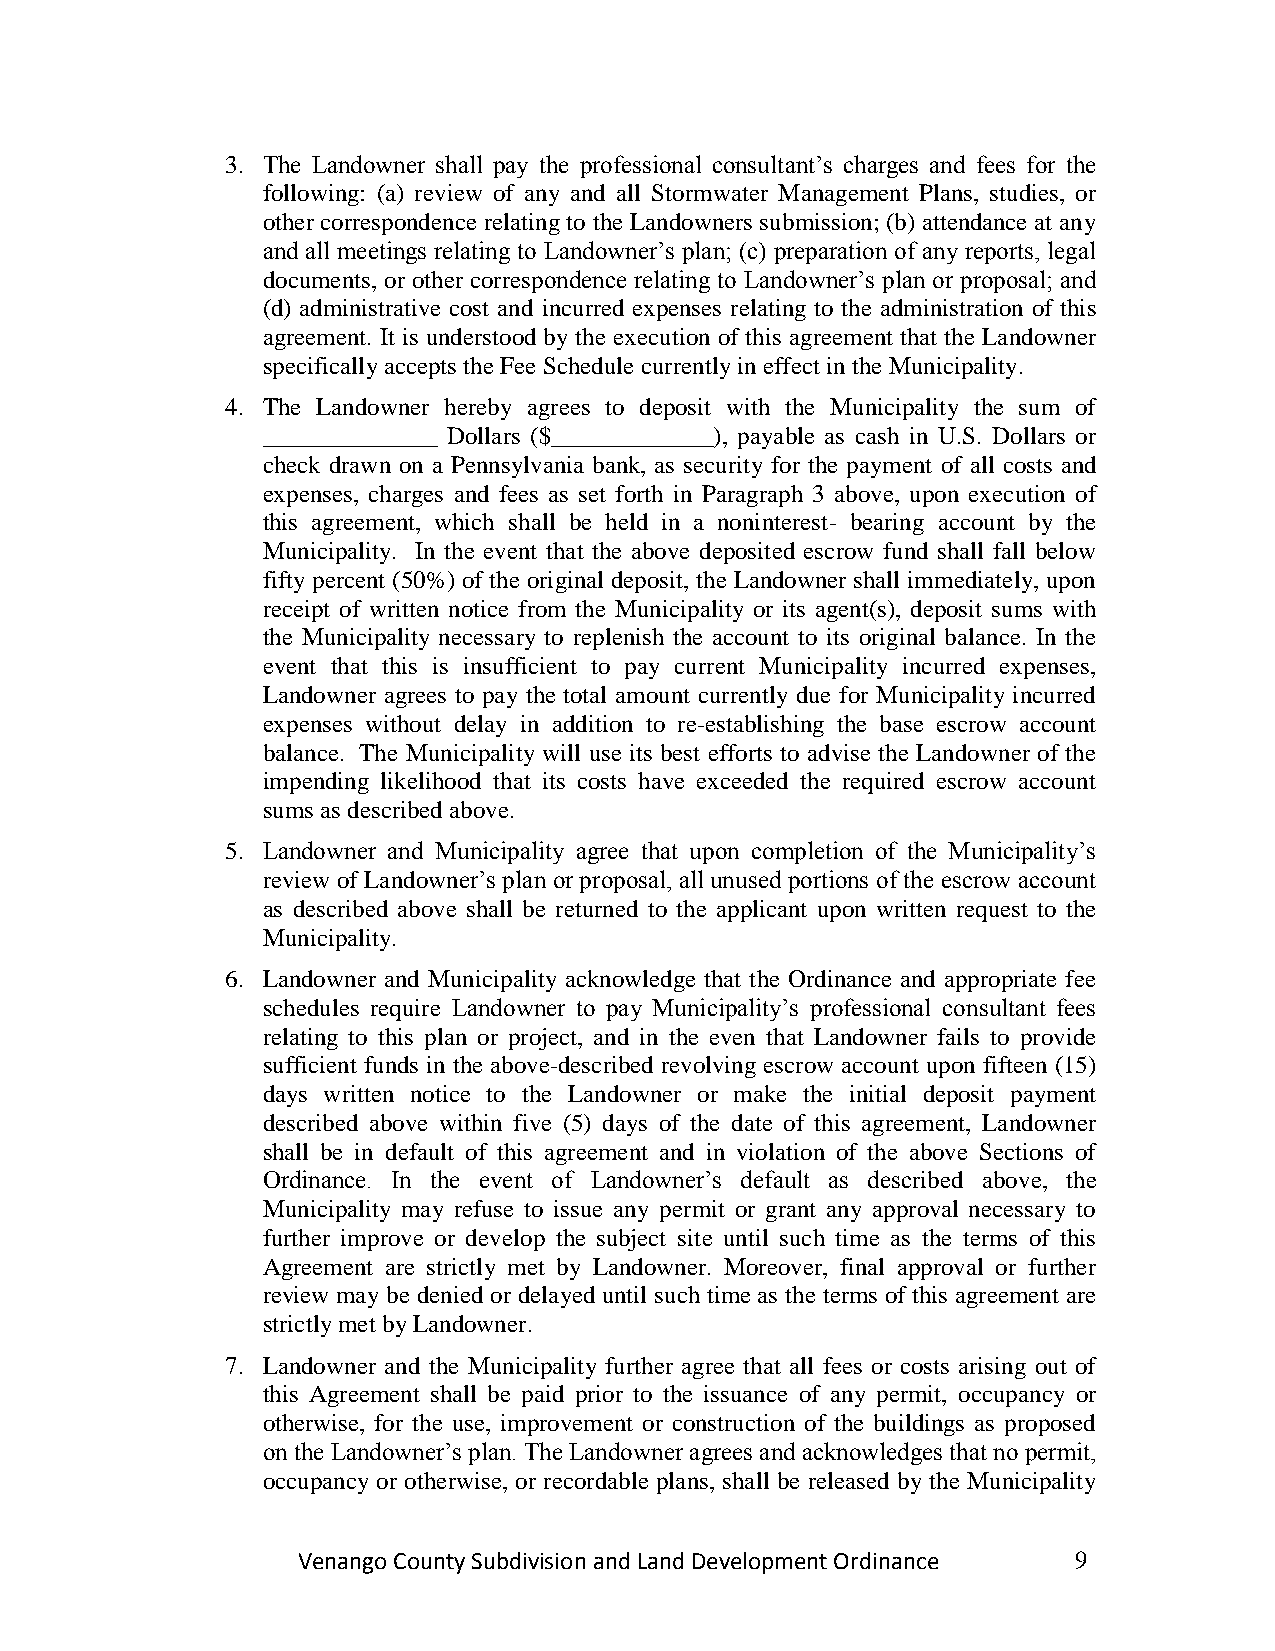
3. The Landowner shall pay the professional consultant‟s charges and fees for the
 following: (a) review of any and all Stormwater Management Plans, studies, or
 other correspondence relating to the Landowners submission; (b) attendance at any
 and all meetings relating to Landowner‟s plan; (c) preparation of any reports, legal
 documents, or other correspondence relating to Landowner‟s plan or proposal; and
 (d) administrative cost and incurred expenses relating to the administration of this
 agreement. It is understood by the execution of this agreement that the Landowner
 specifically accepts the Fee Schedule currently in effect in the Municipality.
 4. The Landowner hereby agrees to deposit with the Municipality the sum of
 ______________ Dollars ($_____________), payable as cash in U.S. Dollars or
 check drawn on a Pennsylvania bank, as security for the payment of all costs and
 expenses, charges and fees as set forth in Paragraph 3 above, upon execution of
 this agreement, which shall be held in a noninterest- bearing account by the
 Municipality. In the event that the above deposited escrow fund shall fall below
 fifty percent (50%) of the original deposit, the Landowner shall immediately, upon
 receipt of written notice from the Municipality or its agent(s), deposit sums with
 the Municipality necessary to replenish the account to its original balance. In the
 event that this is insufficient to pay current Municipality incurred expenses,
 Landowner agrees to pay the total amount currently due for Municipality incurred
 expenses without delay in addition to re-establishing the base escrow account
 balance. The Municipality will use its best efforts to advise the Landowner of the
 impending likelihood that its costs have exceeded the required escrow account
 sums as described above.
 5. Landowner and Municipality agree that upon completion of the Municipality‟s
 review of Landowner‟s plan or proposal, all unused portions of the escrow account
 as described above shall be returned to the applicant upon written request to the
 Municipality.
 6. Landowner and Municipality acknowledge that the Ordinance and appropriate fee
 schedules require Landowner to pay Municipality‟s professional consultant fees
 relating to this plan or project, and in the even that Landowner fails to provide
 sufficient funds in the above-described revolving escrow account upon fifteen (15)
 days written notice to the Landowner or make the initial deposit payment
 described above within five (5) days of the date of this agreement, Landowner
 shall be in default of this agreement and in violation of the above Sections of
 Ordinance. In the event of Landowner‟s default as described above, the
 Municipality may refuse to issue any permit or grant any approval necessary to
 further improve or develop the subject site until such time as the terms of this
 Agreement are strictly met by Landowner. Moreover, final approval or further
 review may be denied or delayed until such time as the terms of this agreement are
 strictly met by Landowner.
 7. Landowner and the Municipality further agree that all fees or costs arising out of
 this Agreement shall be paid prior to the issuance of any permit, occupancy or
 otherwise, for the use, improvement or construction of the buildings as proposed
 on the Landowner‟s plan. The Landowner agrees and acknowledges that no permit,
 occupancy or otherwise, or recordable plans, shall be released by the Municipality
 Venango County Subdivision and Land Development Ordinance 9